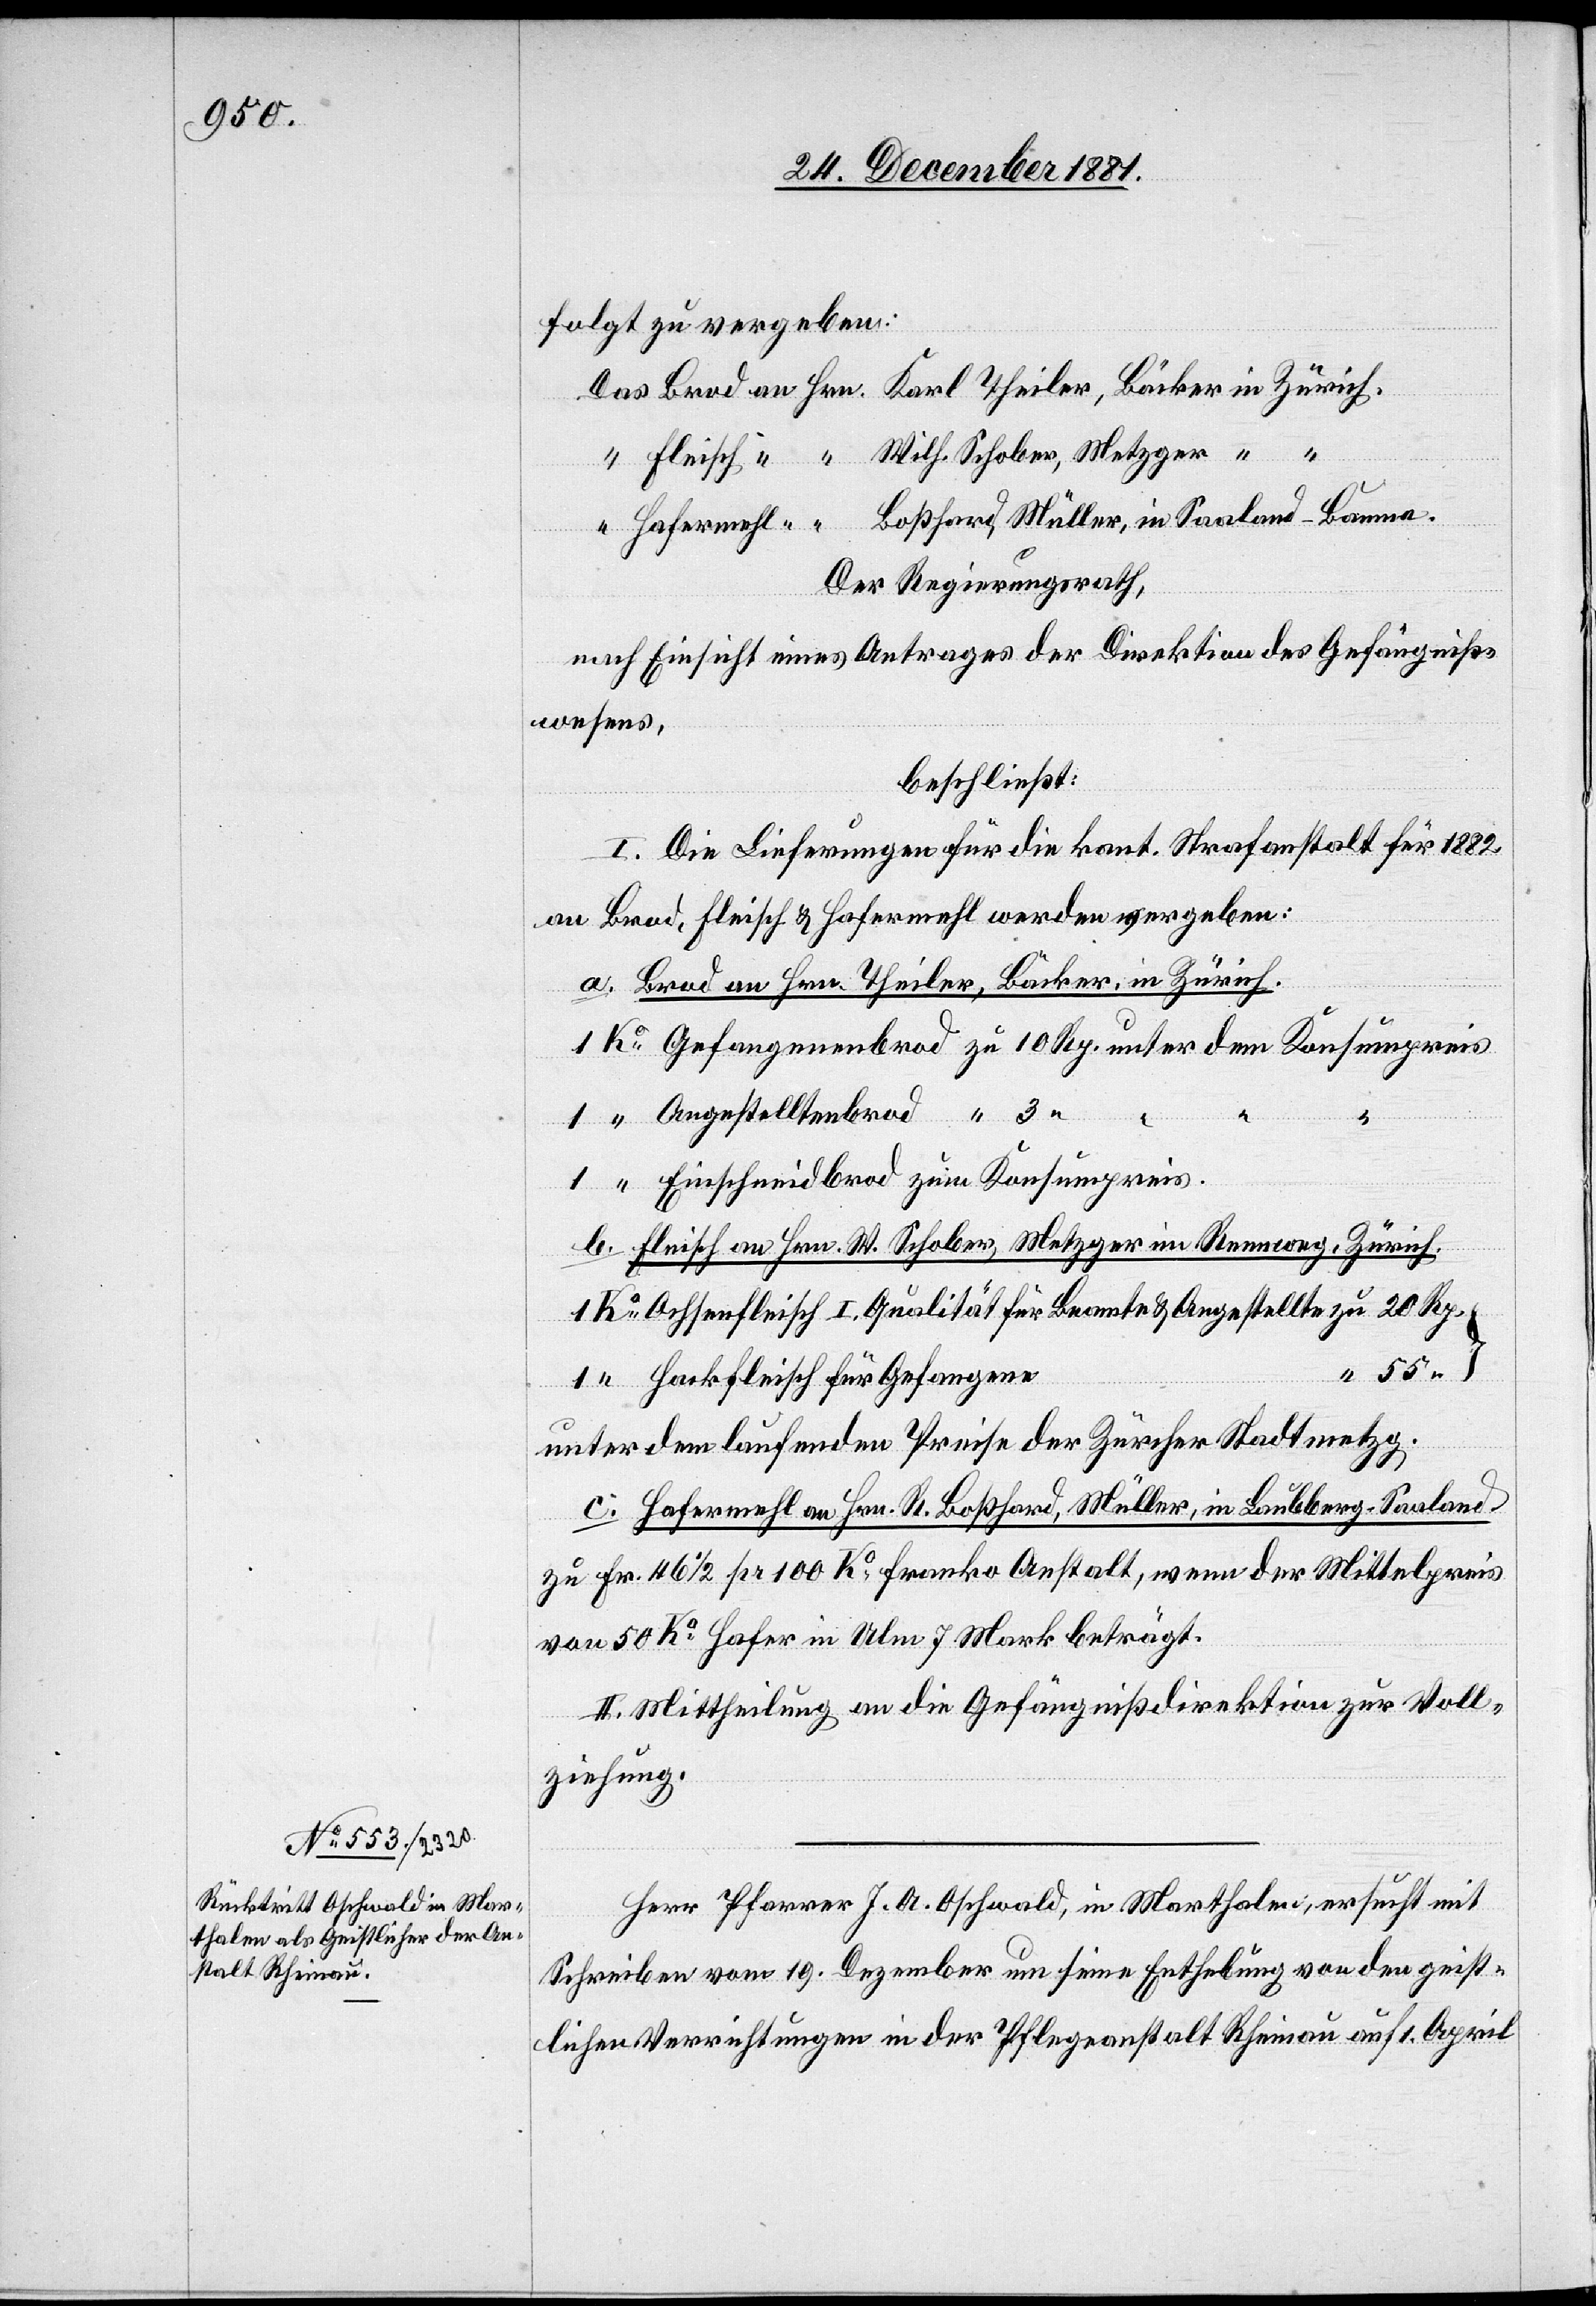
folgt zu vergeben:
Der Regierungsrath,
nach Einsicht eines Antrages der Direktion des Gefängniß¬
wesens,
beschließt:
I. Die Lieferungen für die kant. Strafanstalt für 1882
an Brod, Fleisch & Hafermehl werden vergeben:
a. Brod an Hrn. Theiler, Bäcker, in Zürich.
1.
in Saaland
Einschneidbrod zum Konsumpreis.
b. Fleisch an Hrn. W. Schober, Metzger im Rennweg, Zürich.
Ochsenfleisch I. Qualität für Beamte & Angestellte
Hackfleisch für Gefangene
unter dem laufenden Preise der Zürcher Stadtmetzg.
c. Hafermehl an Hrn. R. Boßhard, Müller, in Laubberg - Saaland
zu Fr. 46 1/2 pr. 100 Ko franko Anstalt, wenn der Mittelpreis
von 50 Ko Hafer in Ulm 7 Mark beträgt.
II. Mittheilung an die Gefängnißdirektion zur Voll¬
ziehung.
Herr Pfarrer J. A. Oschwald, in Marthalen, ersucht mit
Schreiben vom 19. Dezember um seine Enthebung von den geist¬
lichen Verrichtungen in der Pflegeanstalt Rheinau auf 1. April